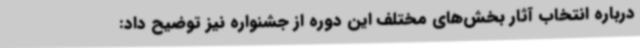
درباره انتخاب آثار بخش‌های مختلف این دوره از جشنواره نیز توضیح داد: